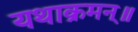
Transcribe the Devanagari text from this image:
यथाक्रमन्॥